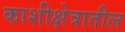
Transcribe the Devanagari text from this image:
काशीक्षेत्रातील